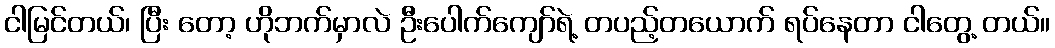
ငါမြင်တယ်၊ ပြီး တော့ ဟိုဘက်မှာလဲ ဦးပေါက်ကျော်ရဲ့ တပည့်တယောက် ရပ်နေတာ ငါတွေ့ တယ်။